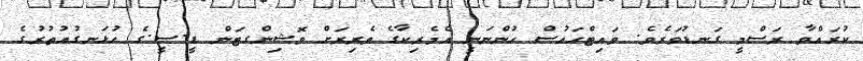
ކުރައްވާ ރަސްމީ ގަނޑުވަރެވެ. ވައިޓްހައުސް ހުންނަނީ އެމެރިކާގެ ވެރިރަށް ވޮޝިންގޓަން ޑީ.ސީ.ގެ ހުޅަނގުއުތުރުގެ